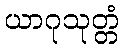
ယာဂုသုတ္တံ